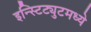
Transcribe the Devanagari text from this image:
इन्स्टिट्युटमध्ये